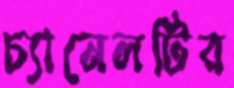
চ্যানেলটির